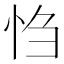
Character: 㤘